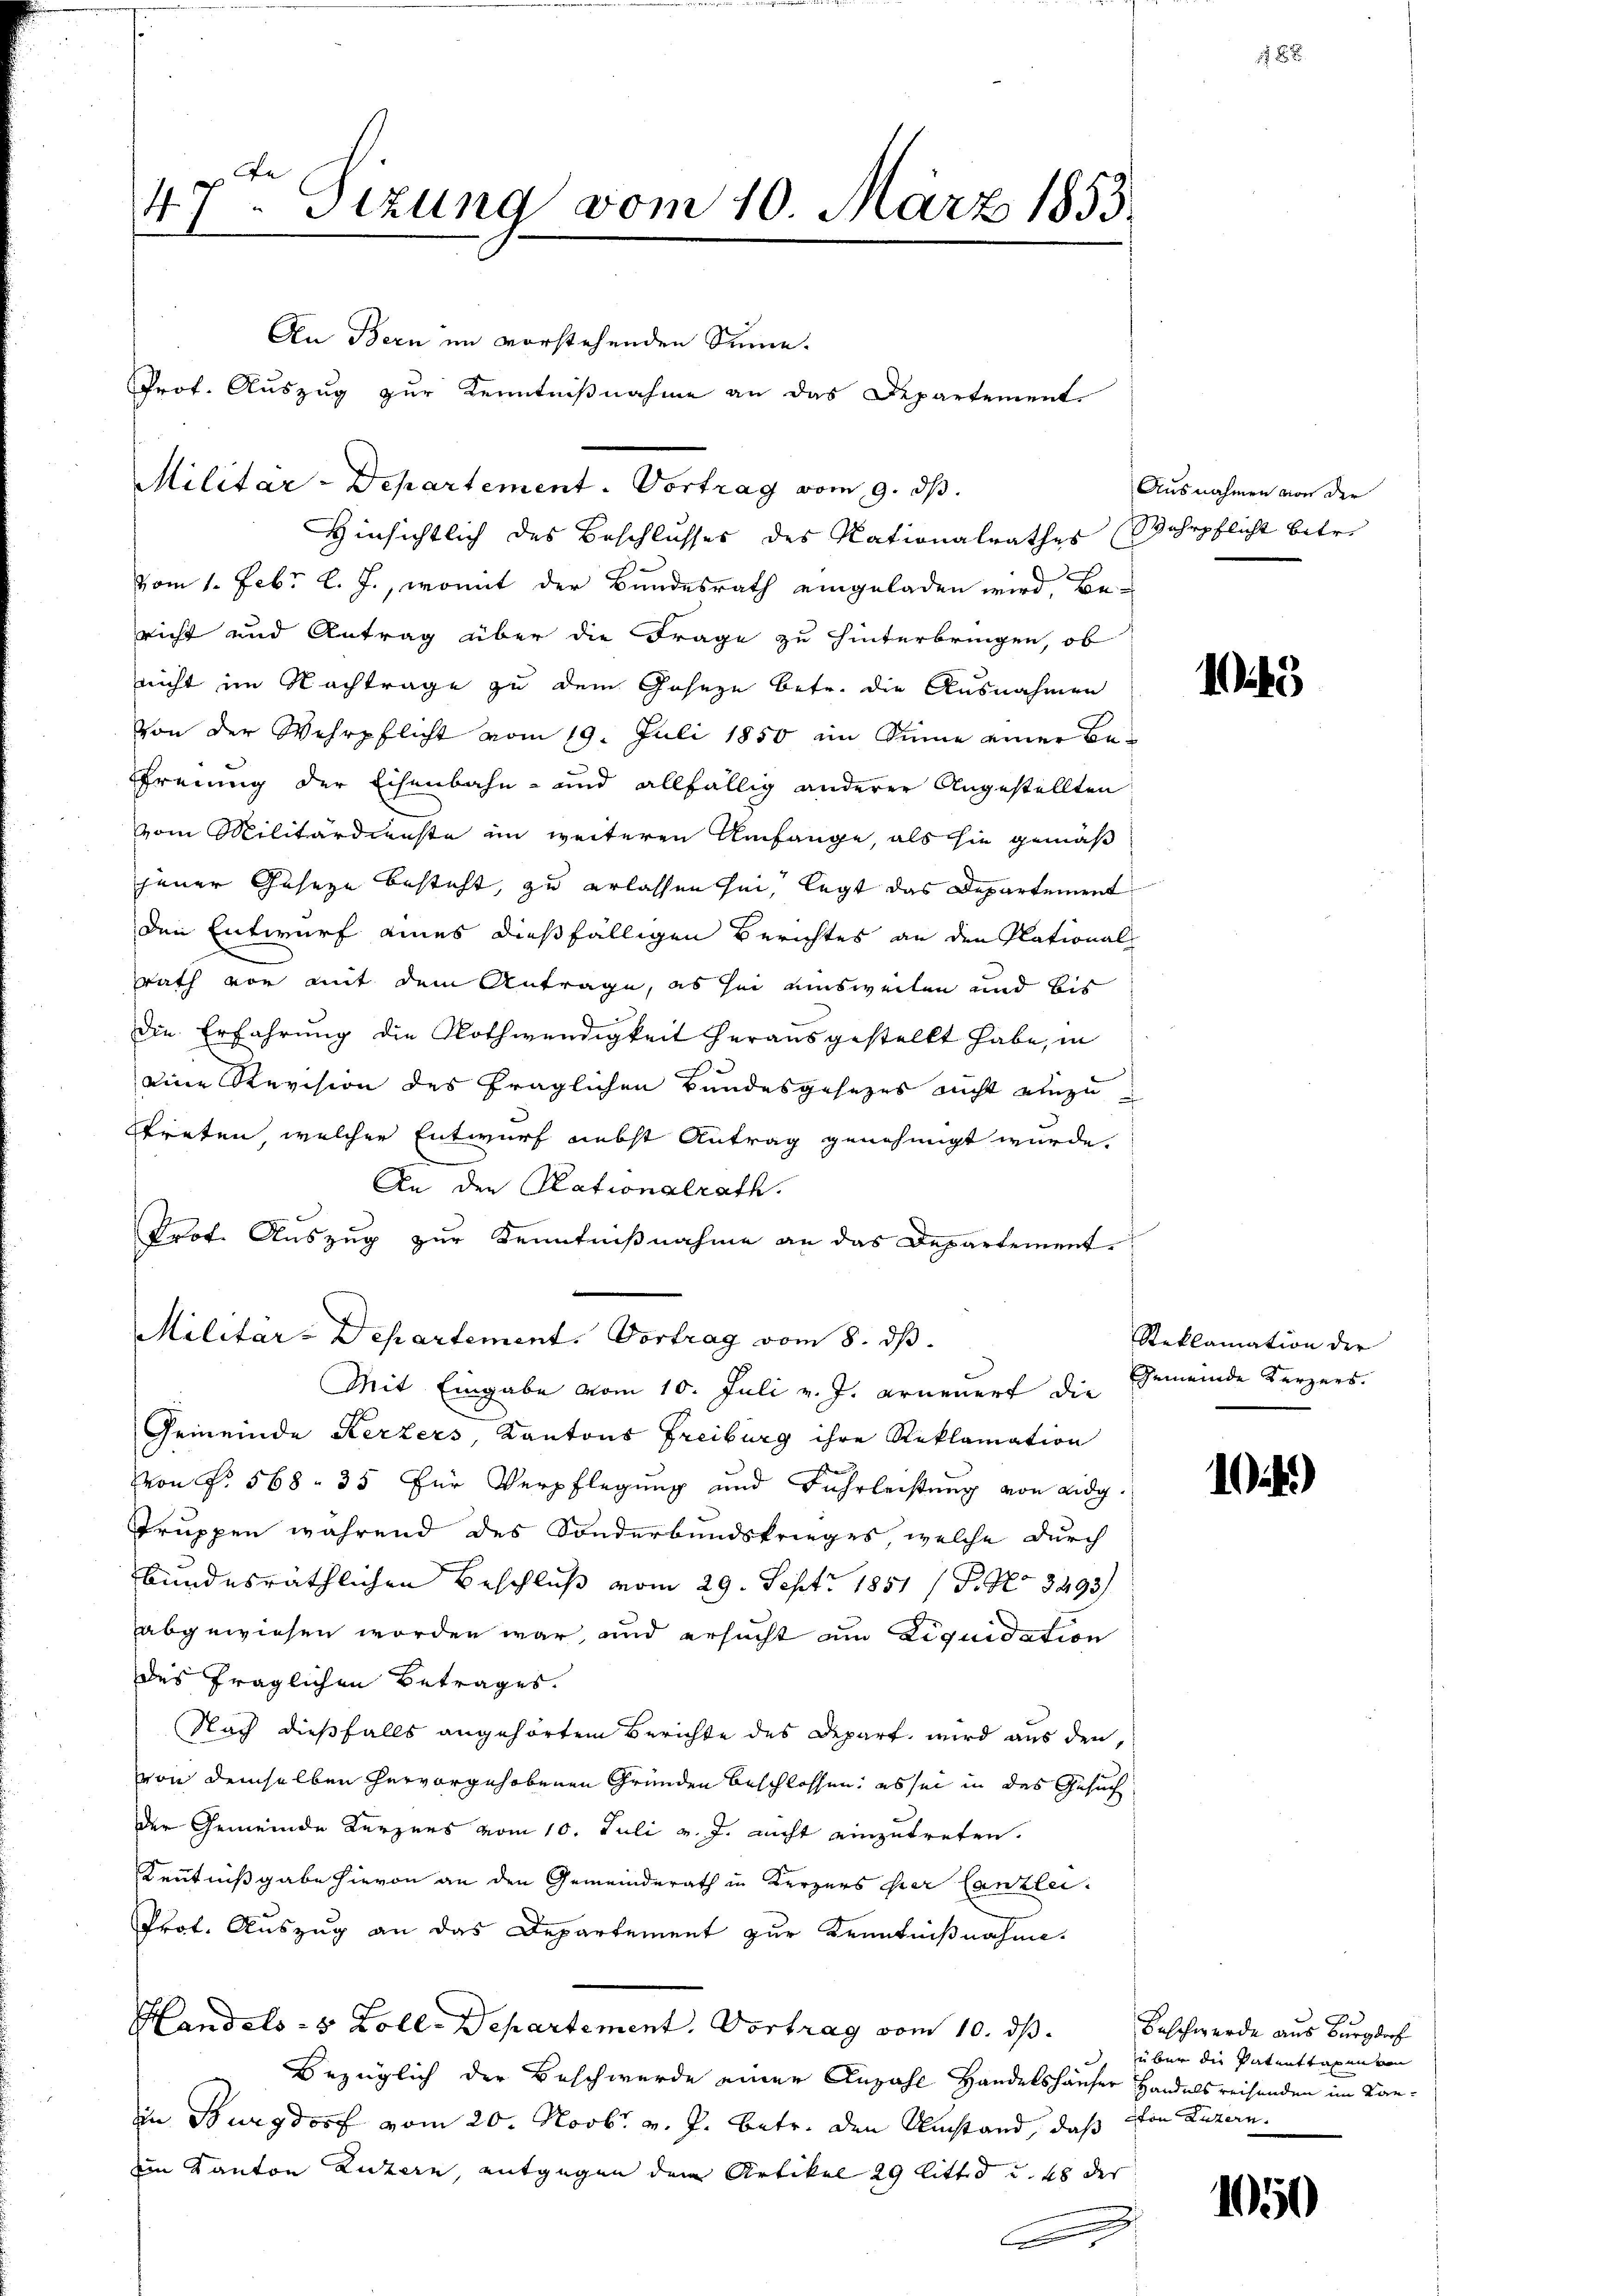
47. Sizung vom 10. März 1855.

Militar-Departement. Vortrag vom 9. ds.
Hinsichtlich des Beschlusses des Nationalrathes Wehrpflicht betre

An Bern im vorstehenden Sinne.
Prof. Auszug zur Kenntnißnahme an das Departement

vom 1. Febr. l. J., womit der Bundesrath eingeladen wird, Bericht und Antrag über die Frage zu hinterbringen, ob
nicht im Nachträge zu dem Geseze betr. die Ausnahmen
von der Wehrpflicht vom 19. Juli 1850 im Sinne einer Be-
Ffreiung der Eisenbahn- und allfällig anderer Angestellten
vom Militärdienste im weiteren Umfange, als sie gemäß
jener Geseze besteht, zu erlassen sei, legt das Departement
den Entwurf eines dießfälligen Berichtes an den Plationalrath von mit dem Antrage, es sei einsweilen und bis
die Erfahrung die Nothwendigkeit herausgestellt habe, in
eine Revision des fraglichen Bundesgesezes nicht einzutreten welcher Entwurf nebst Antrag genehmigt wurde.
An den Rationalrath.
Prot. Auszug zur Kenntnißnahme an das Departement¬
Militar-Departement. Vortrag vom 8. dβ.
Mit Eingabe vom 10. Juli v. J. erneuert die Gemeinde Kerzens.
Gemeinde Kerkers, Kantons Freiburg ihre Reklamation
von No. 568. 35 für Verpflegung und Fuhrleistung von eidg.
Truppen während des Sonderbundskrieges, welche durch
bundesräthlichen Beschluß vom 29. Sept. 1851 / P. No 3493/
abgewiesen worden war, und ersucht am Liquidation
des fraglichen Betrages.
Nach dießfalls angehörtem Berichte des Depart wird aus den
von demselben hervorgehobenen Gründen beschlossen; es sei in das Gesuch
der Gemeinde Kerzens vom 10. Juli v. J. nicht einzutreten.
Kenntnißgabe hievon an den Gemeinderath in Kerzers hier Canzlei.
Prof. Auszug an das Departement zur Kenntnißnahme.
Handels- & Zoll-Departement. Vortrag vom 10. ds.
Bezüglich der Beschwerde einer Anzahl Handelshäuser Handelsreisenden im Kann Burgdorf vom 20. Novbr. v. J. betr. den Umstand, daß von Luzern.
eim Kanton Luzern, entgegen dem Artikel 29 littes und 48 des
.

1.

Ausnahmen von der

15

Reklamation der

104)

2
Beschwerde aus Burgdorf
über die Patenttaxen von

1050